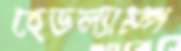
হেডল্যাম্প